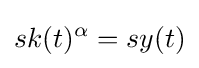
sk(t)^{\alpha }=sy(t)